Lunatic asylums Madras 1877-1891 - 1877-1891
Year: 1877
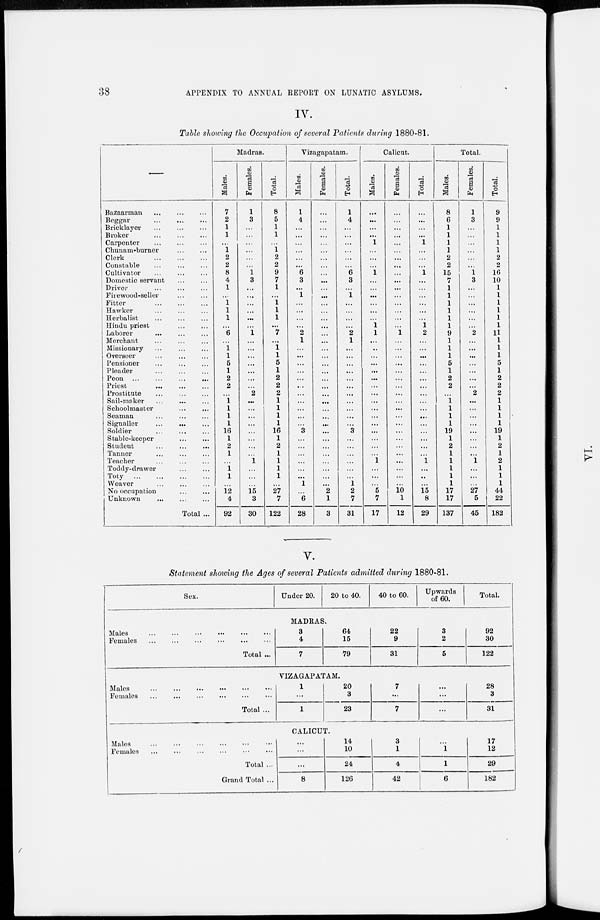
38
APPENDIX TO ANNUAL REPORT ON LUNATIC ASYLUMS.
IV.
Table showing the Occupation of several Patients during 1880-81.
Bazaarman ... ... ...
Beggar ... ... ...
Bricklayer ... ... ...
Broker ... ... ...
Carpenter ... ... ...
Chunam-burner ... ...
Clerk
...
...
...
Constable ... ... ...
Cultivator ... ... ...
Domestic servant ... ...
Driver ... ... ...
Firewood-seller ... ...
Fitter
...
...
...
Hawker ... ... ...
Herbalist ... ... ...
Hindu priest ... ...
Laborer ... ... ...
Merchant ... ... ...
Missionary ... ... ...
Overseer ... ... ...
Pensioner ... ... ...
Pleader ... ... ...
Peon
...
...
...
...
Priest
...
...
...
Prostitute ... ... ...
Sail-maker ... ... ...
Schoolmaster ... ...
Seaman ... ... ...
Signaller ... ... ...
Soldier ... ... ...
Stable-keeper ... ...
Student ... ... ...
Tanner ... ... ...
Teacher ... ... ...
Toddy-drawer ... ...
Toty
...
...
...
...
Weaver ... ... ...
No occupation ... ...
Unknown ... ... ...
Total ...
Madras.
Males.
7
2
1
1
...
1
2
2
8
4
1
...
1
1
1
...
6
...
1
1
5
1
2
2
...
1
1
1
1
16
1
2
1
...
1
1
...
12
4
92
Females.
1
3
...
...
...
...
...
...
1
3
...
...
...
...
...
...
1
...
...
...
...
...
...
...
2
...
...
...
...
...
...
...
...
1
...
...
...
15
3
30
Total.
8
5
1
1
...
1
2
2
9
7
1
...
1
1
1
...
7
...
1
1
5
1
2
2
2
1
1
1
1
16
1
2
1
1
1
1
...
27
7
122
Vizagapatam.
Males.
1
4
...
...
...
...
...
6
3
...
1
...
...
...
...
2
1
...
...
...
...
...
...
...
...
...
...
...
3
...
...
...
...
...
...
1
...
6
28
Females.
...
...
...
...
...
...
...
...
...
...
...
...
...
...
...
...
...
...
...
...
...
...
...
...
...
...
...
...
...
...
...
...
...
...
...
...
...
2
1
3
Total.
1
4
...
...
...
...
...
...
6
3
...
1
...
...
...
...
2
1
...
...
...
...
...
...
...
...
...
...
...
3
...
...
...
...
...
...
1
2
7
31
Calicut.
Males.
...
...
...
...
1
...
...
...
1
...
...
...
...
...
...
1
1
...
...
...
...
...
...
...
...
...
...
...
...
...
...
...
...
1
...
...
...
5
7
17
Females.
...
...
...
...
...
...
...
...
...
...
...
...
...
...
...
...
1
...
...
...
...
...
...
...
...
...
...
...
...
...
...
...
...
...
...
...
...
10
1
12
Total.
...
...
...
...
1
...
...
...
1
...
...
...
...
...
...
1
2
...
...
...
...
...
...
...
...
...
...
...
...
...
...
...
...
1
...
...
...
15
8
29
Total.
Males.
8
6
1
1
1
1
2
2
15
7
1
1
1
1
1
1
9
1
1
1
5
1
2
2
...
1
1
1
1
19
1
2
1
1
1
1
1
17
17
137
Females.
1
3
...
...
...
...
...
...
1
3
...
...
...
...
...
...
2
...
...
...
...
...
...
...
2
...
...
...
...
...
...
...
...
1
...
...
...
27
5
45
Total.
9
9
1
1
1
1
2
2
16
10
1
1
1
1
1
1
11
1
1
1
5
1
2
2
2
1
1
1
1
19
1
2
1
2
1
1
1
44
22
182
V.
Statement showing the Ages of several Patients admitted during 1880-81.
Sex.
Under 20.
20 to 40.
40 to 60.
Upwards
of 60.
Total.
MADRAS.
Males
...
...
...
...
...
...
Females ... ... ... ... ... ...
Total ...
3
4
7
64
15
79
22
9
31
3
2
5
92
30
122
VIZAGAPATAM.
Males
...
...
...
...
...
...
Females
...
...
...
...
...
...
Total ...
1
...
1
20
3
23
7
...
7
...
...
...
28
3
31
CALICUT.
Males ... ... ... ... ... ...
Females ... ... ... ... ... ...
Total ...
Grand Total ...
...
...
...
8
14
10
24
126
3
1
4
42
...
1
1
6
17
12
29
182